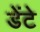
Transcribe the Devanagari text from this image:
डेंटे